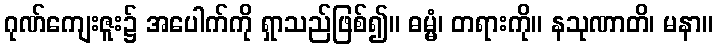
ဂုဏ်ကျေးဇူး၌ အပေါက်ကို ရှာသည်ဖြစ်၍။ ဓမ္မံ၊ တရားကို။ နသုဏာတိ၊ မနာ။